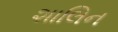
શાલિન